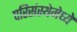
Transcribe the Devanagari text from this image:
परिसंस्थेमेध्ये